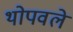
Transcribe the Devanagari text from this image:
थोपवले